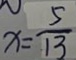
x = \frac { 5 } { 1 3 }